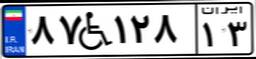
۷۸W۷۱۱۳۵